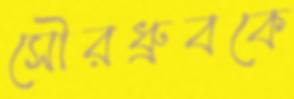
সৌরধ্রুবকে